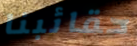
حقائبنا